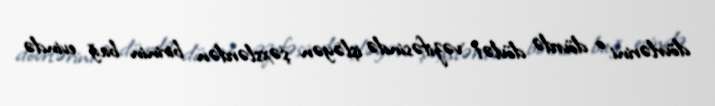
dövrlərini o dövrdə dövlət vəzifəsində işləyən şəxslərdən birinin bağ evində